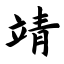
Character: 靖